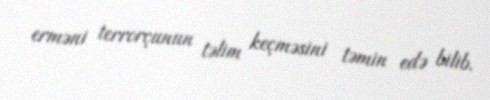
erməni terrorçunun təlim keçməsini təmin edə bilib.